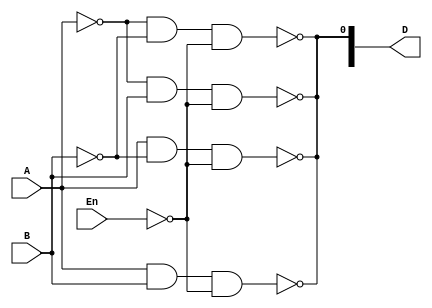
`timescale 1ns / 1ps
//////////////////////////////////////////////////////////////////////////////////
// Company: 
// Engineer: 
// 
// Design Name: 
// Module Name: Decoder_4_to_1
// Project Name: 
// Target Devices: 
// Tool Versions: 
// Description: 
// 
// Dependencies: 
// 
// Revision:
// Revision 0.01 - File Created
// Additional Comments:
// 
//////////////////////////////////////////////////////////////////////////////////


module Decoder_4_to_1(
    input En,
    input A,
    input B,
    output [3:0] D
    );
    //logic
    assign D[0] = ~(~A & ~B & ~En);
    assign D[0] = ~(~A &  B & ~En);
    assign D[0] = ~( A & ~B & ~En);
    assign D[0] = ~( A & B & ~En);
    

  
endmodule